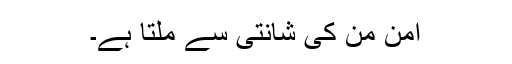
امن من کی شانتی سے ملتا ہے۔